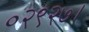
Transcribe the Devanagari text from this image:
०२९२७।